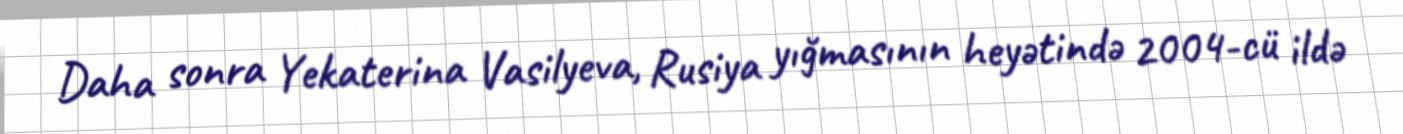
Daha sonra Yekaterina Vasilyeva, Rusiya yığmasının heyətində 2004-cü ildə